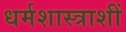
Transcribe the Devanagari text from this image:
धर्मशास्त्राशीं